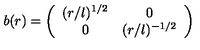
b ( r ) = \left( \begin{array} { c c } { ( r / l ) ^ { 1 / 2 } } & { 0 } \\ { 0 } & { ( r / l ) ^ { - 1 / 2 } } \\ \end{array} \right)